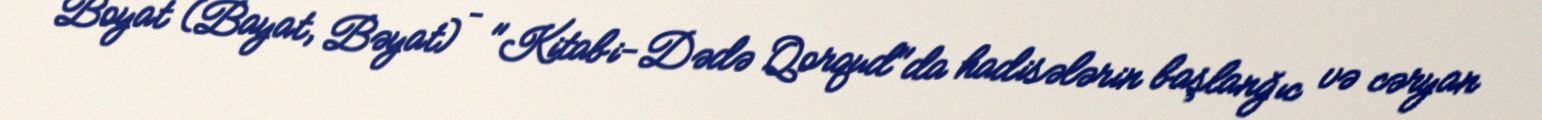
Boyat (Bayat, Bəyat) – "Kitabi-Dədə Qorqud"da hadisələrin başlanğıc və cəryan